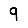
Digit: 9